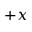
+ x